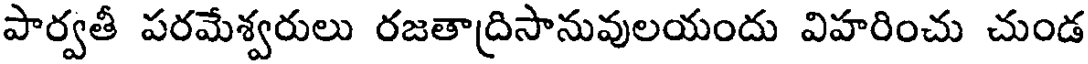
పార్వతీ పరమేశ్వరులు రజతాద్రిసానువులయందు విహరించు చుండ